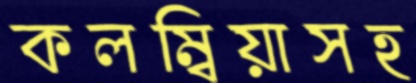
কলম্বিয়াসহ